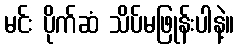
မင်း ပိုက်ဆံ သိပ်မဖြုန်းပါနဲ့။